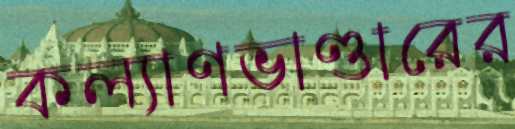
কল্যাণভাণ্ডারের